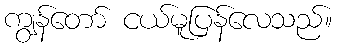
ကျွန်တော် ငယ်မူပြန်လေသည်။